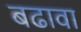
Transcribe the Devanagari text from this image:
बढावा